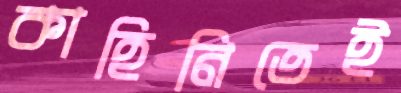
কাহিনিতেই